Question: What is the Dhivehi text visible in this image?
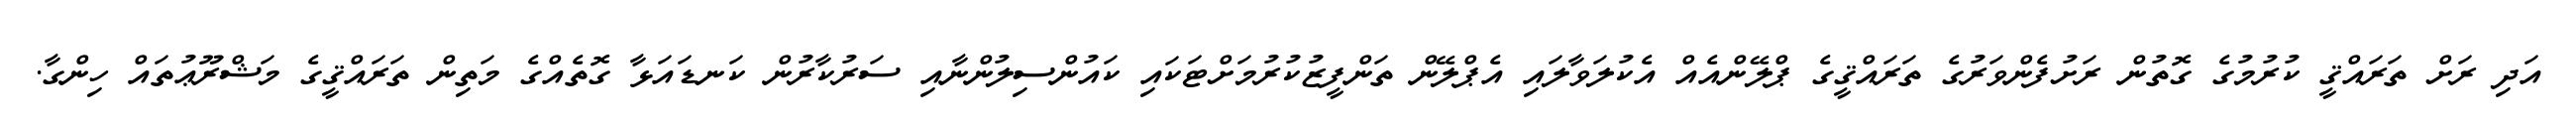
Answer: އަދި ރަށް ތަރައްޤީ ކުރުމުގެ ގޮތުން ރަށުފެންވަރުގެ ތަރައްޤީގެ ޕްލޭންއެއް އެކުލަވާލައި އެޕްލޭން ތަންފީޒުކުރުމަށްޓަކައި ކައުންސިލުންނާއި ސަރުކާރުން ކަނޑައަޅާ ގޮތެއްގެ މަތިން ތަރައްޤީގެ މަޝްރޫޢުތައް ހިންގާ.